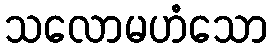
သလောမဟံသော